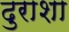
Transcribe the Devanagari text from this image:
दुराशा